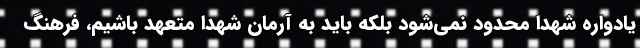
یادواره شهدا محدود نمی‌شود بلکه باید به آرمان شهدا متعهد باشیم، فرهنگ